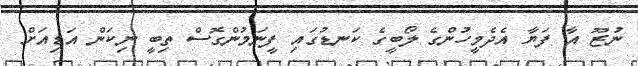
ނުޒޫ އާ ފަޔާ އެދެމީހުންގެ ލޯބީގެ ކަނޑުގައި ފީނަމުންގޮސް ތިބީ ނިކަން އަޑިއަށް